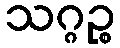
သဂ္ဂဉ္စ